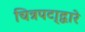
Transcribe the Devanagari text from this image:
चित्रपटा्द्वारे